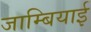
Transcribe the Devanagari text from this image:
जाम्बियाई